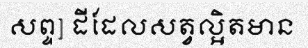
សព្ទ] ដីដែលសត្វល្អិតមាន